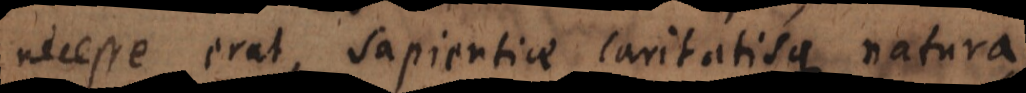
necesse erat, sapientiae caritatisque natur